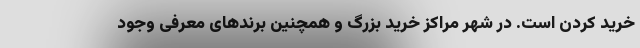
خرید کردن است. در شهر مراکز خرید بزرگ و همچنین برندهای معرفی وجود